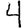
Digit: 4